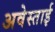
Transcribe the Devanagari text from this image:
अवेस्ताई